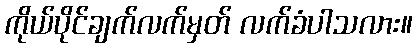
ကိုယ်ပိုင်ချက်လက်မှတ် လက်ခံပါသလား။